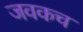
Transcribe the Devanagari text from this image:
जवकच